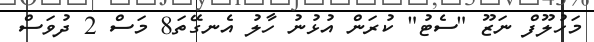
މަހުލޫފް ނަޒޫ "ސެޓު" ކުރަން އުޅުނު ހާލު އެނގޭތަ8 މަސް 2 ދުވަސް